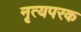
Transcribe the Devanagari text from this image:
नृत्यपरक